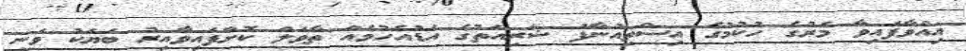
އިއްވާފައިވާ މަރުގެ ހުކުމުގެ އިސްތިއުނާފު ޝަރިއަތުގެ އަޑުއެހުމެއް ތާވަލް ކޮށްފައިވާއިރު ބަޔަކު ވަނީ